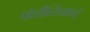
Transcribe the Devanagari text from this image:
पोलीत्सियानो